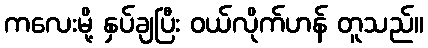
ကလေးမို့ နှပ်ချပြီး ဝယ်လိုက်ဟန် တူသည်။